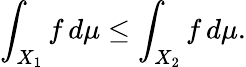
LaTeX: \int_{X_{1}}f\, d\mu\leq\int_{X_{2}}f\, d\mu.